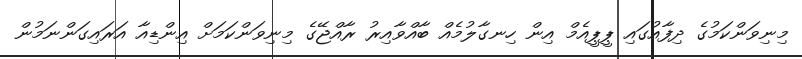
މިނިވަންކަމުގެ ދިފާއުގައި ޕީޕީއެމް އިން ހިނގާލުމެއް ބާއްވާއިރު ރާއްޖޭގެ މިނިވަންކަމަށް އިންޑިއާ އަރައިގަންނަމުން